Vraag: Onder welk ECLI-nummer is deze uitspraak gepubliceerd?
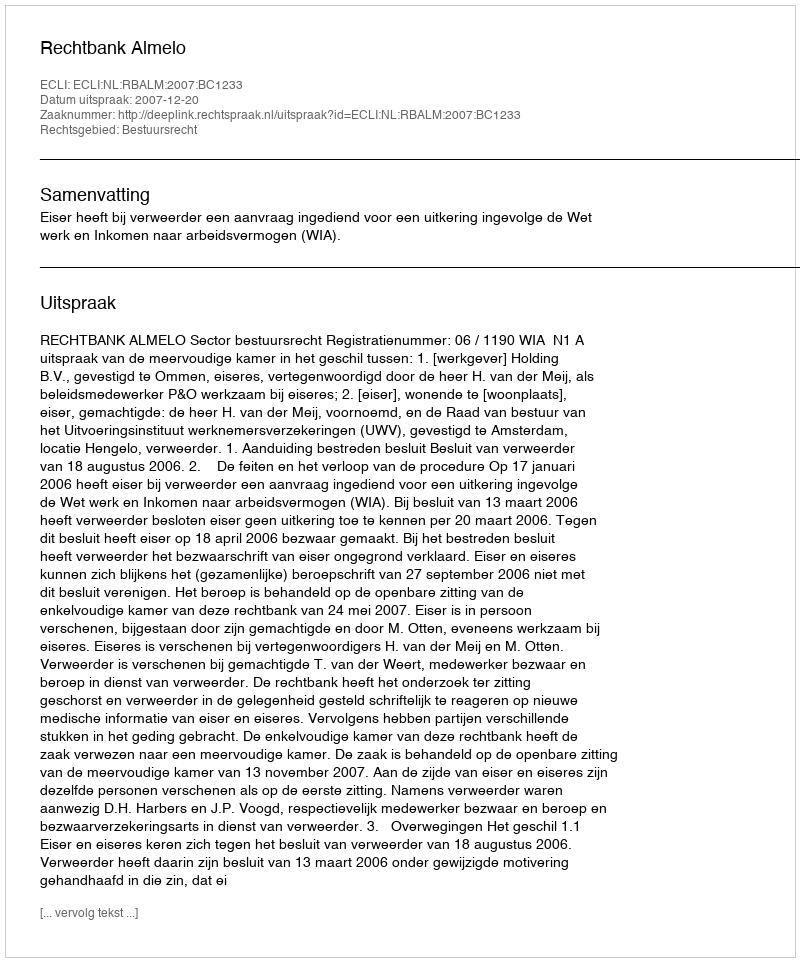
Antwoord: ECLI:NL:RBALM:2007:BC1233